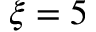
\xi = 5